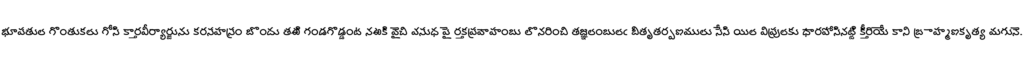
భూపతుల గొంతుకలు గోసి కార్తవీర్యార్జును కరసహస్రం బొందు తఱి గండగొడ్డంట నఱకి వైచి వసుధ పై రక్తప్రవాహంబు లొనరించి తజ్ఞలంబులఁ బితృతర్పణములు సేసి యిల విప్రులకు ధారపోసినట్టి కీర్తియే కాని బ్రాహ్మణకృత్య మగునె.